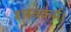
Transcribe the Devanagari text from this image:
शस्त्रकर्म।